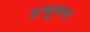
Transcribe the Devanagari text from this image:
प्रचूषण